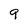
Character: 9